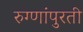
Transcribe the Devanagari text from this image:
रुग्णांपुरती